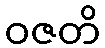
ဝဇတိ